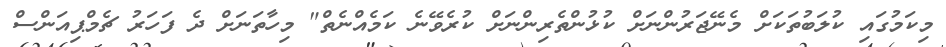
މިކަމުގައި ކުލަބުތަކަށް މެނޭޖަރުންނަށް ކުޅުންތެރިންނަށް ކުރެވޭނެ ކަމެއްނެތް" މިހާތަނަށް ދެ ފަހަރު ޗެމްޕިއަންސް